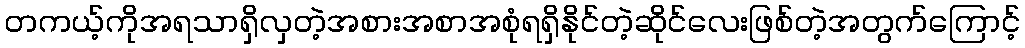
တကယ့်ကိုအရသာရှိလှတဲ့အစားအစာအစုံရရှိနိုင်တဲ့ဆိုင်လေးဖြစ်တဲ့အတွက်ကြောင့်